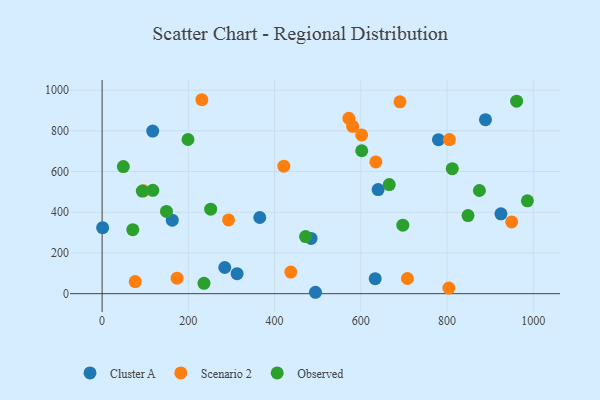
{"axis": {"x": "Distance", "y": "Sales"}, "legend": ["Cluster A", "Observed", "Scenario 2"], "data": [{"x": "365.7", "y": 374.3, "type": "Cluster A"}, {"x": "925.1", "y": 392.2, "type": "Cluster A"}, {"x": "1.2", "y": 324.0, "type": "Cluster A"}, {"x": "633.4", "y": 73.9, "type": "Cluster A"}, {"x": "117.4", "y": 798.7, "type": "Cluster A"}, {"x": "640.2", "y": 511.3, "type": "Cluster A"}, {"x": "313.1", "y": 98.5, "type": "Cluster A"}, {"x": "284.5", "y": 128.5, "type": "Cluster A"}, {"x": "889.2", "y": 854.7, "type": "Cluster A"}, {"x": "162.7", "y": 361.0, "type": "Cluster A"}, {"x": "780.2", "y": 756.5, "type": "Cluster A"}, {"x": "494.9", "y": 6.9, "type": "Cluster A"}, {"x": "484.7", "y": 271.6, "type": "Cluster A"}, {"x": "690.9", "y": 942.4, "type": "Scenario 2"}, {"x": "804.3", "y": 27.5, "type": "Scenario 2"}, {"x": "805.6", "y": 756.9, "type": "Scenario 2"}, {"x": "421.5", "y": 626.3, "type": "Scenario 2"}, {"x": "174.0", "y": 76.1, "type": "Scenario 2"}, {"x": "950.0", "y": 352.4, "type": "Scenario 2"}, {"x": "708.2", "y": 74.6, "type": "Scenario 2"}, {"x": "572.4", "y": 861.4, "type": "Scenario 2"}, {"x": "96.0", "y": 505.0, "type": "Scenario 2"}, {"x": "231.4", "y": 952.7, "type": "Scenario 2"}, {"x": "635.0", "y": 647.3, "type": "Scenario 2"}, {"x": "293.3", "y": 362.2, "type": "Scenario 2"}, {"x": "437.7", "y": 105.9, "type": "Scenario 2"}, {"x": "601.9", "y": 779.7, "type": "Scenario 2"}, {"x": "76.8", "y": 59.4, "type": "Scenario 2"}, {"x": "581.1", "y": 822.1, "type": "Scenario 2"}, {"x": "848.7", "y": 383.5, "type": "Observed"}, {"x": "812.2", "y": 614.1, "type": "Observed"}, {"x": "199.2", "y": 757.3, "type": "Observed"}, {"x": "49.2", "y": 624.5, "type": "Observed"}, {"x": "471.9", "y": 280.7, "type": "Observed"}, {"x": "961.4", "y": 945.5, "type": "Observed"}, {"x": "697.5", "y": 336.3, "type": "Observed"}, {"x": "71.1", "y": 314.5, "type": "Observed"}, {"x": "251.8", "y": 415.0, "type": "Observed"}, {"x": "117.6", "y": 507.9, "type": "Observed"}, {"x": "149.3", "y": 404.2, "type": "Observed"}, {"x": "602.2", "y": 702.0, "type": "Observed"}, {"x": "986.4", "y": 455.9, "type": "Observed"}, {"x": "875.1", "y": 506.8, "type": "Observed"}, {"x": "666.0", "y": 536.1, "type": "Observed"}, {"x": "236.3", "y": 50.9, "type": "Observed"}, {"x": "93.2", "y": 504.0, "type": "Observed"}]}